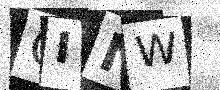
Text: QINW